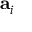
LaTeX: \mathbf { a } _ { i }